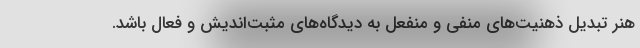
هنر تبدیل ذهنیت‌های منفی و منفعل به دیدگاه‌های مثبت‌اندیش و فعال باشد.